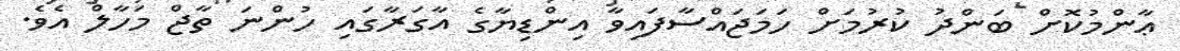
ޢާންމުކޮށް ބަންދު ކުރުމަށް ހަމަޖައްސާފައިވާ އިންޑިޔާގެ އާގަރާގައި ހުންނަ ތާޖް މަހާލް އެވެ.